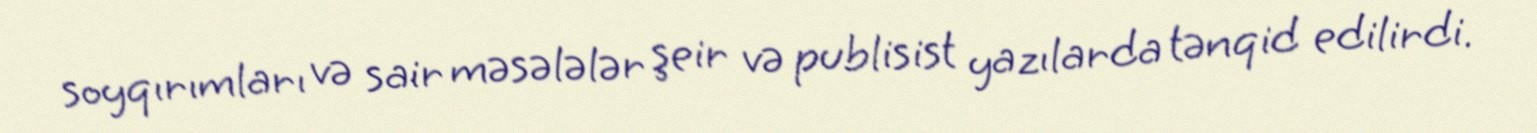
soyqırımları və sair məsələlər şeir və publisist yazılarda tənqid edilirdi.